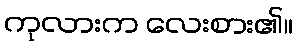
ကုလားက လေးစား၏။